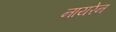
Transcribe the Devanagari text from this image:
नायरेन